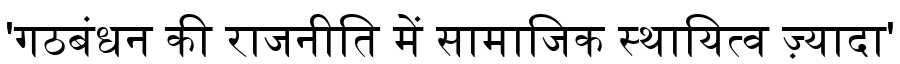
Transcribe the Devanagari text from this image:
'गठबंधन की राजनीति में सामाजिक स्थायित्व ज़्यादा'